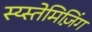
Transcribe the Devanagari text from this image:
स्य्स्तेमिज़िंग